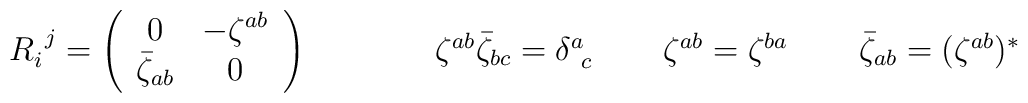
\begin{array}{cccc}R_{i}^{~j}=\left(\begin{array}{cc}                   0& -\zeta^{ab}\\                 \bar{\zeta}_{ab}&0                    \end{array}\right)~~~~&~~~~~\zeta^{ab}\bar{\zeta}_{bc}=\delta^{a}_{~c}~~&~~\zeta^{ab}=\zeta^{ba}~~&~~\bar{\zeta}_{ab}=(\zeta^{ab})^{\ast}\end{array}